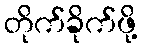
တိုက်ခိုက်ဖို့